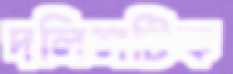
দলিলটিক